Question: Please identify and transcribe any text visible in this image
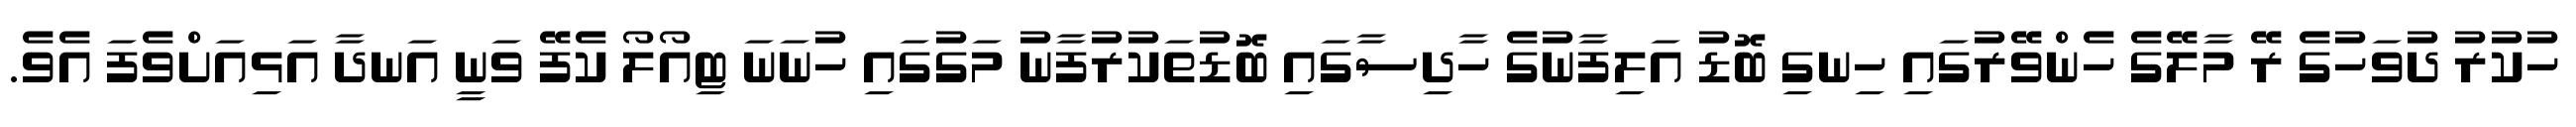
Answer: ހުކުރު ދުވަހުގެ ރޭ މާލޭގެ ހެންވޭރުގައި ހިނގި ބޮޑު އަލިފާނުގެ ހާދިސާގައި ބޮޑުތަކުރުފާނު މަގުގައި ހުނަނަ ޓިއޯލޯ ކެފޭ ވަނީ އަނދާ އަޅިއަށްވެފަ އެވެ.